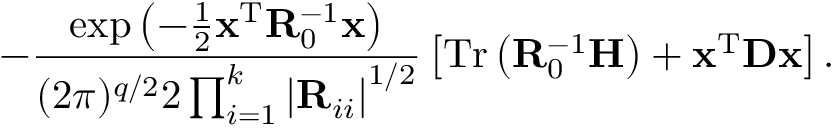
- \frac { \exp \left( - \frac { 1 } { 2 } \mathbf { x } ^ { \mathrm { T } } \mathbf { R } _ { 0 } ^ { - 1 } \mathbf { x } \right) } { ( 2 \pi ) ^ { q / 2 } 2 \prod _ { i = 1 } ^ { k } \left| \mathbf { R } _ { i i } \right| ^ { 1 / 2 } } \left[ \mathrm { T r } \left( \mathbf { R } _ { 0 } ^ { - 1 } \mathbf { H } \right) + \mathbf { x } ^ { \mathrm { T } } \mathbf { D } \mathbf { x } \right] .